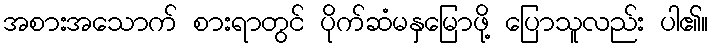
အစားအသောက် စားရာတွင် ပိုက်ဆံမနှမြောဖို့ ပြောသူလည်း ပါ၏။